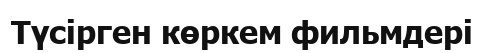
Түсірген көркем фильмдері